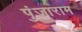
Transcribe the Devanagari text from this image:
पुंजाराम